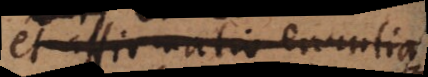
et affirmatio enuntiationis